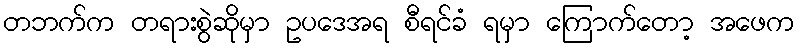
တဘက်က တရားစွဲဆိုမှာ ဥပဒေအရ စီရင်ခံ ရမှာ ကြောက်တော့ အဖေက